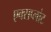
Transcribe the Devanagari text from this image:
एक्सप्लांट